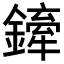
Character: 𨬨